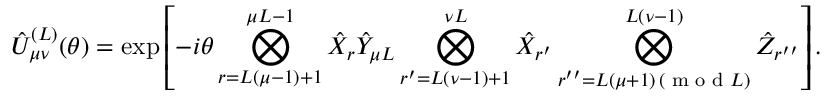
\hat { U } _ { \mu \nu } ^ { ( L ) } ( \theta ) = \exp \left[ - i \theta \bigotimes _ { r = L ( \mu { - } 1 ) { + } 1 } ^ { \mu L { - } 1 } \hat { X } _ { r } \hat { Y } _ { \mu L } \bigotimes _ { r ^ { \prime } = L ( \nu - 1 ) + 1 } ^ { \nu L } \hat { X } _ { r ^ { \prime } } \bigotimes _ { \substack { r ^ { \prime \prime } = L ( \mu + 1 ) \, ( \textrm { m o d } L ) } } ^ { L ( \nu { - } 1 ) } \hat { Z } _ { r ^ { \prime \prime } } \right] .